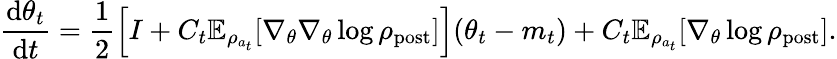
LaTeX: \frac{\mathrm{d}\theta_{t}}{\mathrm{d}t}=\frac{1}{2}\Bigl[I+C_{t}\mathbb{E}_{\rho_{a_{t}}}[\nabla_{\theta}\nabla_{\theta}\log\rho_{\mathrm{post}}]\Bigr](\theta_{t}-m_{t})+C_{t}\mathbb{E}_{\rho_{a_{t}}}[\nabla_{\theta}\log\rho_{\mathrm{post}}].